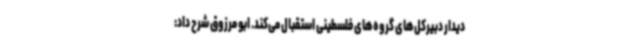
دیدار دبیرکل‌های گروه‌های فلسطینی استقبال می‌کند. ابو مرزوق شرح داد: